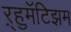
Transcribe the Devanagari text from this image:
ऱ्हुमॅटिझम